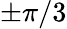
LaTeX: \pm\pi/3